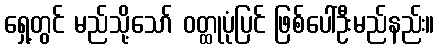
ရှေ့တွင် မည်သို့သော် ဝတ္ထုပုံပြင် ဖြစ်ပေါ်ဦးမည်နည်း။